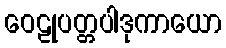
ဝေဠုပတ္တပါဒုကာယော